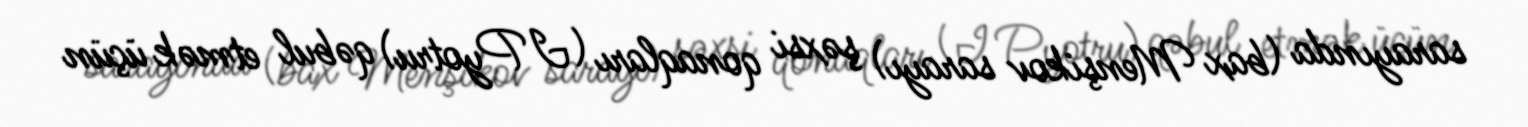
sarayında (bax Menşikov sarayı) şəxsi qonaqları (I Pyotru) qəbul etmək üçün